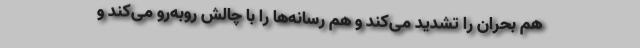
هم بحران را تشدید می‌کند و هم رسانه‌ها را با چالش روبه‌رو می‌کند و